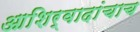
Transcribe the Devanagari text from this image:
आशिर्वादांचाच